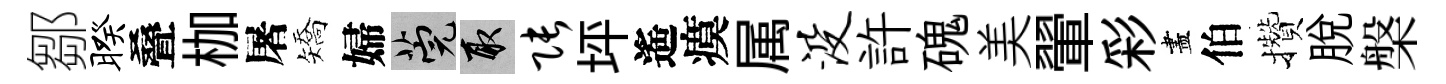
鄒暌叠枷屠矯婦筦取张坪遙瘼属没許磈美翬彩盡伯攢脱槃